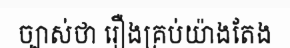
ច្បាស់ថា រឿងគ្រប់យ៉ាងតែង